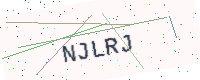
Text: NJLRJ